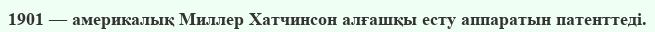
1901 — америкалық Миллер Хатчинсон алғашқы есту аппаратын патенттеді.